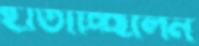
হাতাচ্ছিলেন